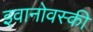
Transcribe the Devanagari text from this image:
इवानोवस्की